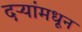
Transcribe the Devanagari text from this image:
दऱ्यांमधून